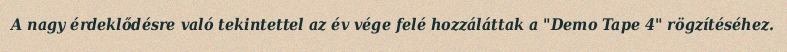
A nagy érdeklődésre való tekintettel az év vége felé hozzáláttak a "Demo Tape 4" rögzítéséhez.